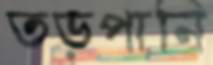
তড়পানি